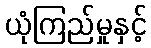
ယုံကြည်မှုနှင့်